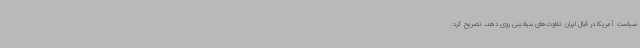
سیاست آمریکا در قبال ایران تفاوت‌های بنیادینی روی دهد، تصریح کرد: